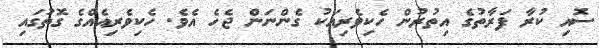
ސޮއި ކުރާ ފަރާތުގެ އިތުރުން ހެކިވެރިއަކު ގެންނަން ޖެހެ އެވެ. ހެކިވެރިއެއްގެ ގޮތުގައި